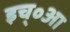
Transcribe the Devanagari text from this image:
इच्॰आ